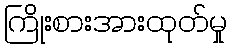
ကြိုးစားအားထုတ်မှု